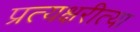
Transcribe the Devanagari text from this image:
प्रत्यक्षरीत्या